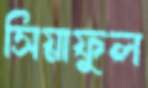
সিয়াফুল